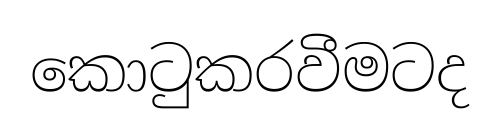
කොටුකරවීමටද